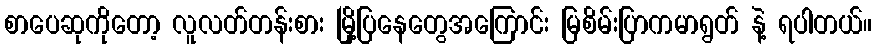
စာပေဆုကိုတော့ လူလတ်တန်းစား မြို့ပြနေတွေအကြောင်း မြစိမ်းပြာကမာရွတ် နဲ့ ရပါတယ်။